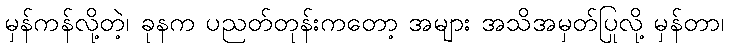
မှန်ကန်လို့တဲ့၊ ခုနက ပညတ်တုန်းကတော့ အများ အသိအမှတ်ပြုလို့ မှန်တာ၊